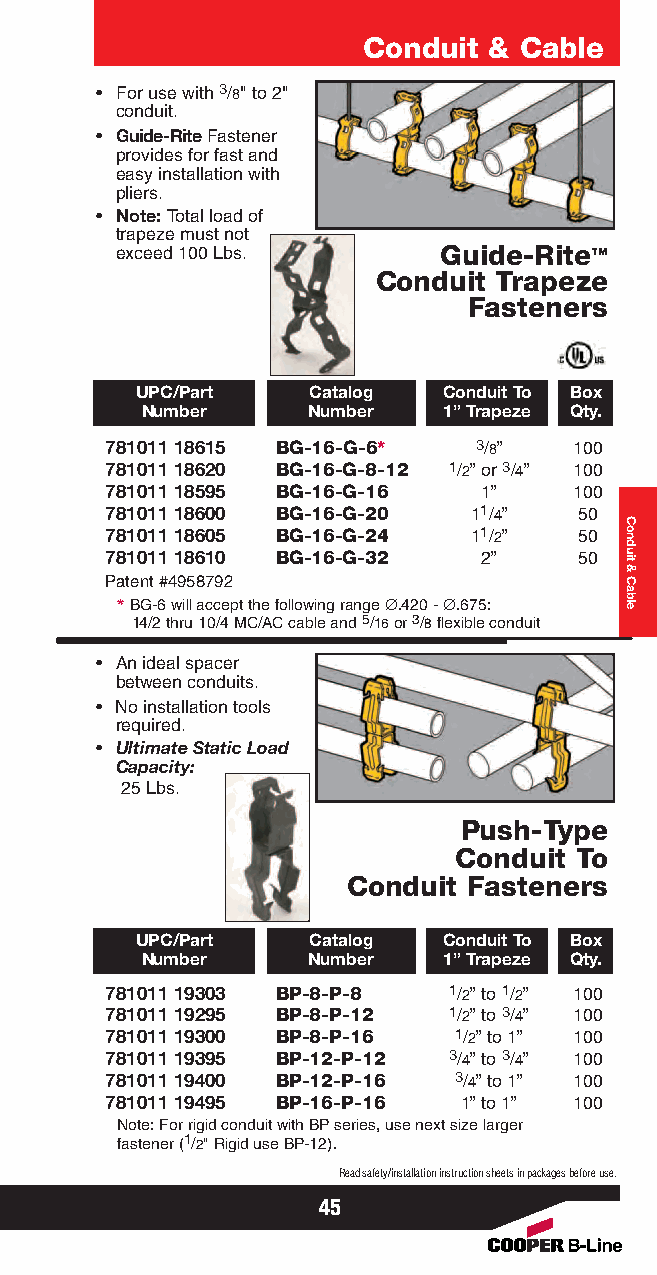
Conduit & Cable
 • For use with 3/8" to 2"
 conduit.
 • Guide-Rite Fastener
 provides for fast and
 easy installation with
 pliers.
 • Note: Total load of
 trapeze must not
 exceed 100 Lbs.      Guide-Rite™
 Conduit Trapeze
 Fasteners
 UPC/Part   Catalog  Conduit To Box
 Number     Number   1” Trapeze Qty.
 781011 18615 BG-16-G-6* 3/8”   100
 781011 18620 BG-16-G-8-12 1/2” or 3/4” 100
 781011 18595 BG-16-G-16  1”    100
 781011 18600 BG-16-G-20 11/4”  50
 781011 18605 BG-16-G-24 11/2”  50
 781011 18610 BG-16-G-32  2”    50
 Patent #4958792
 *BG-6 will accept the following range ∅.420 - ∅.675:
 14/2 thru 10/4 MC/AC cable and 5/16or 3/8flexible conduit
 • An ideal spacer
 between conduits.
 • No installation tools
 required.
 • Ultimate StaticLoad
 Capacity:
 25 Lbs.
 Push-Type
 Conduit To
 Conduit Fasteners
 UPC/Part   Catalog  Conduit To Box
 Number     Number   1” Trapeze Qty.
 781011 19303 BP-8-P-8  1/2” to 1/2” 100
 781011 19295 BP-8-P-12 1/2” to 3/4” 100
 781011 19300 BP-8-P-16 1/2” to 1” 100
 781011 19395 BP-12-P-12 3/4” to 3/4” 100
 781011 19400 BP-12-P-16 3/4” to 1” 100
 781011 19495 BP-16-P-16 1” to 1” 100
 Note: For rigid conduit with BPseries, use next size larger
 fastener (1/2" Rigid use BP-12).
 Read safety/installation instruction sheets in packages before use.
 45
 Conduit
 &
 Cable